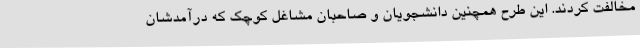
مخالفت کردند. این طرح همچنین دانشجویان و صاحبان مشاغل کوچک که درآمدشان